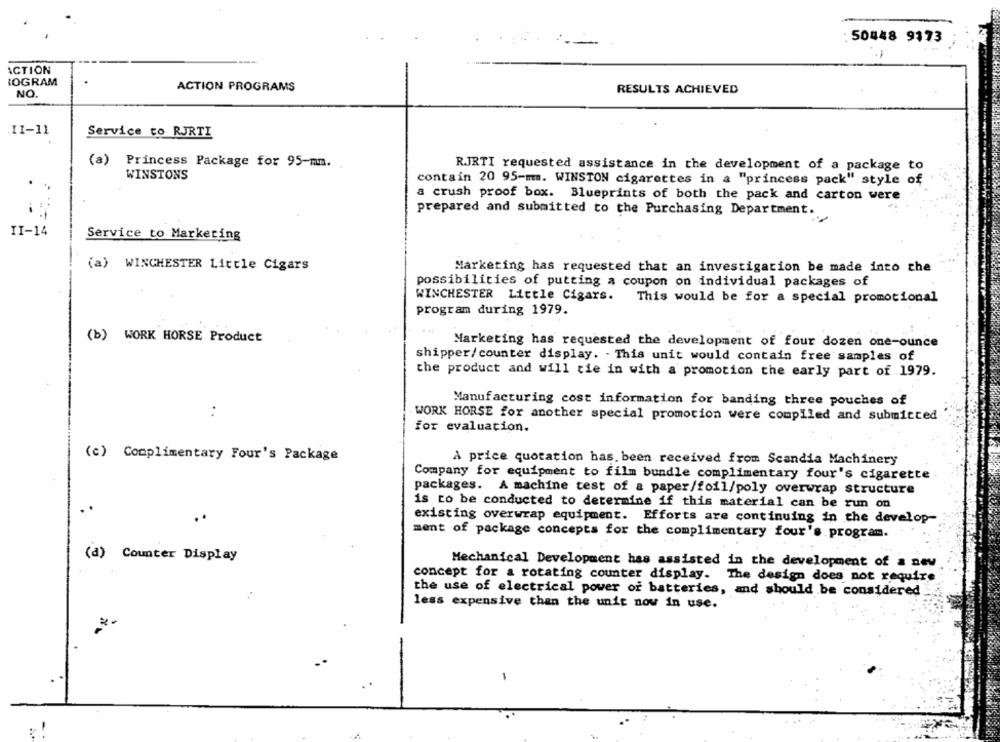
50448 9173
ACTION
LOGRAM
ACTION PROGRAMS
RESULTS ACHIEVED
NO.
II-11
Service to RJRTI
(a) Princess Package for 95-mm.
RJRTI requested assistance in the development of a package to
WINSTONS
contain 20 95-mm. WINSTON cigarettes in a "princess pack" style of
a crush proof box. Blueprints of both the pack and carton were
prepared and submitted to the Purchasing Department.
II-14
Service to Marketing
(a) WINCHESTER Little Cigars
Marketing has requested that an investigation be made into the
possibilities of putting a coupon on individual packages of
WINCHESTER Little Cigars. This would be for a special promotional
program during 1979.
(b) WORK HORSE Product
Marketing has requested the development of four dozen one-ounce
shipper/ counter display. . This unit would contain free samples of
the product and will tie in with a promotion the early part of 1979.
Manufacturing cost information for banding three pouches of
:
WORK HORSE for another special promotion were compiled and submitted
for evaluation.
(c) Complimentary Four's Package
A price quotation has. been received from Scandia Machinery
Company for equipment to film bundle complimentary four's cigarette
packages. A machine test of a paper/foil/poly overwrap structure
is to be conducted to determine if this material can be run on
. .
..
existing overwrap equipment. Efforts are continuing in the develop-
ment of package concepts for the complimentary four's program.
(d) Counter Display
Mechanical Development has assisted in the development of a new
concept for a rotating counter display. The design does not require
the use of electrical power of batteries, and should be considered
less expensive than the unit now in use.
-